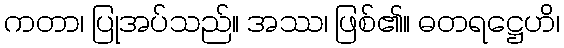
ကတာ၊ ပြုအပ်သည်။ အဿ၊ ဖြစ်၏။ ဓတရဋ္ဌေဟိ၊